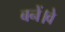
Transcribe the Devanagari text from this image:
बनें।वे